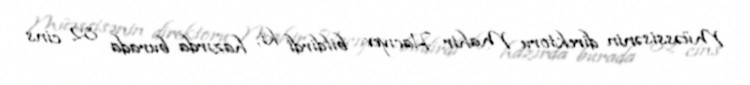
Müəssisənin direktoru Mahir Hacıyev bildirdi ki, hazırda burada 82 cins